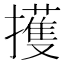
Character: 擭